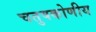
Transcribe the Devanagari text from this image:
चतुषकोणीय